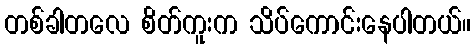
တစ်ခါတလေ စိတ်ကူးက သိပ်ကောင်းနေပါတယ်။